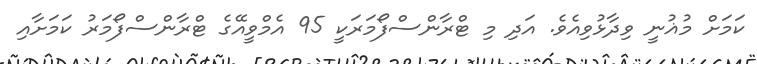
ކަމަށް މުޣުނީ ވިދާޅުވިއެވެ. އަދި މި ޓްރާންސްފޯމަރަކީ 95 އެމްވީއޭގެ ޓްރާންސްފޯމަރު ކަމަށާއި